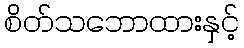
စိတ်သဘောထားနှင့်